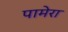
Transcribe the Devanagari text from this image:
पामेरा